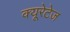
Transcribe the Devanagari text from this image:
क्यूरेटेज